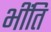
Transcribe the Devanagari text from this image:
भींति